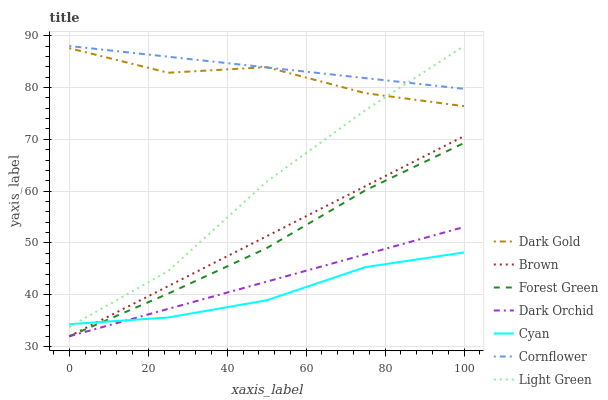
| xaxis_label | Dark Gold | Brown | Forest Green | Dark Orchid | Cyan | Cornflower | Light Green |
 | --- | --- | --- | --- | --- | --- | --- | --- |
 | 0 | 87.6 | 32 | 32 | 32 | 34.3 | 88 | 33.8 |
 | 25 | 82.8 | 41.7 | 40.2 | 37.3 | 35.6 | 85.9 | 44.6 |
 | 50 | 83.9 | 51.3 | 49 | 42.5 | 38.9 | 83.9 | 61.8 |
 | 75 | 78.9 | 61 | 60.2 | 47.8 | 45.3 | 81.8 | 75.6 |
 | 100 | 76.4 | 70.6 | 69.3 | 53.1 | 48.2 | 79.7 | 88 |